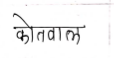
मजकूर: कोतवाल